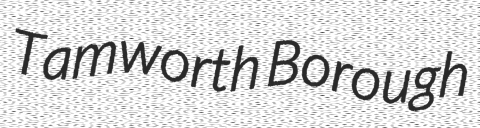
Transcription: Tamworth Borough